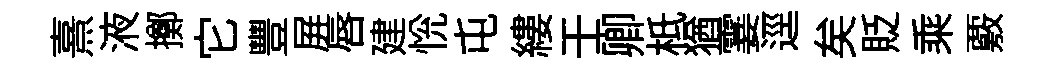
熹液擲它豐屛唇建恱屯縷壬卿柢猶霎逕矣貶乘覈